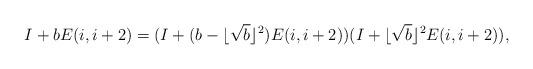
LaTeX: \begin{align*}I+ bE(i,i+2)&= (I+(b- \lfloor\sqrt{b}\rfloor^2)E(i, i+2)) (I+ \lfloor\sqrt{b}\rfloor^2 E(i,i+2)),\end{align*}